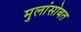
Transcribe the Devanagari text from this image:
मुलांसोबत